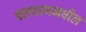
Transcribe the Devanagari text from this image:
चलथाणमधील